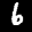
Label: 6